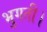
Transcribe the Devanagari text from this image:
भुगती।